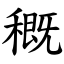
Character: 穊